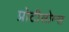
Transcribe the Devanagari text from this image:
प्रोटीसोम्स